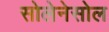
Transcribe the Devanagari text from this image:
सोलेनेसोल